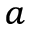
^ a